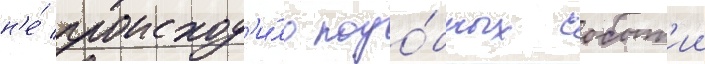
н'е́ происход'и́ло подо́бных событ'ии